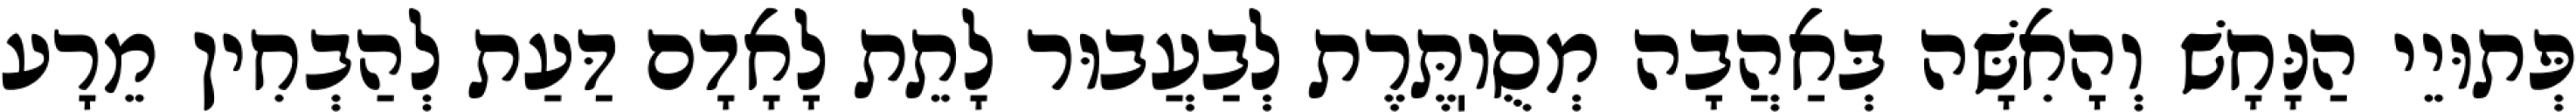
פְּתוּיֵי הַנָּחָשׁ וְהָאִשָּׁה בְּאַהֲבָה מְסֻוֽתֶּרֶת לְבַעֲבוּר לָתֵת לָאָדָם דַּעַת לְהַבְחִין מֵרָע